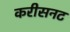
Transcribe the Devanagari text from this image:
करीसनट